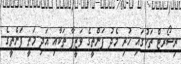
ރިސޯރޓް ތަކުގައި ހުރި މެދު ފަންތީގެ ވަޒީފާ ތަކާއި އަދި މަތީ ފަންތީގެ